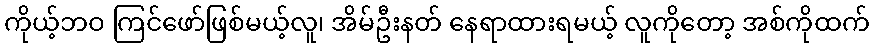
ကိုယ့်ဘဝ ကြင်ဖော်ဖြစ်မယ့်လူ၊ အိမ်ဦးနတ် နေရာထားရမယ့် လူကိုတော့ အစ်ကိုထက်